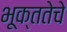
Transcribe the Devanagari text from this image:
भूक्ततेचे